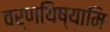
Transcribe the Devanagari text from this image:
वर्णयिष्यामि